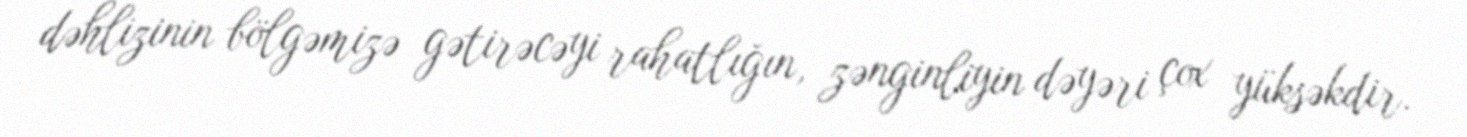
dəhlizinin bölgəmizə gətirəcəyi rahatlığın, zənginliyin dəyəri çox yüksəkdir.